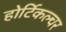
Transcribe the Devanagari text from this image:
होर्टिकल्चर